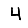
Digit: 4